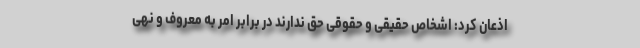
اذعان کرد: اشخاص حقیقی و حقوقی حق ندارند در برابر امر به معروف و نهی